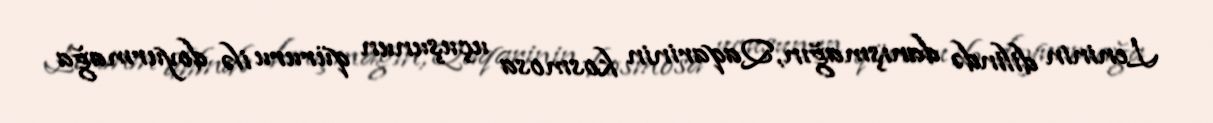
Leninin dilində danışmağın, Qaqarinin kosmosa uçuşunun qüruru ilə doyurmağa